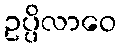
ဥပ္ပိလာဝေ